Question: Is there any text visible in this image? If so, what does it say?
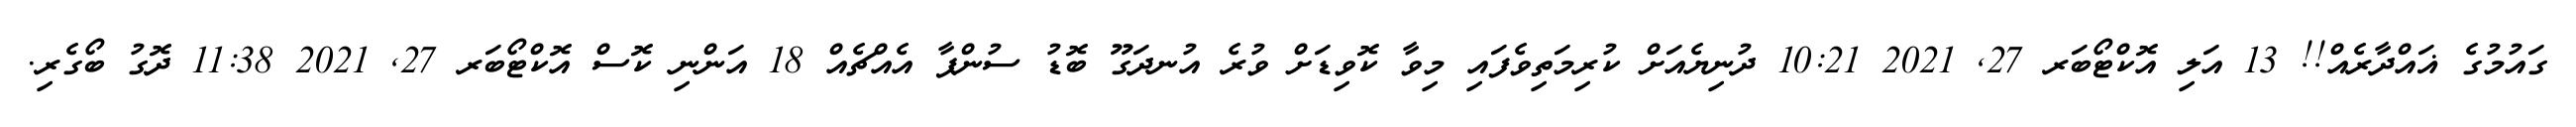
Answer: ގައުމުގެ ޣައްދާރެއް!! 13 އަލި އޮކްޓޯބަރ 27, 2021 10:21 ދުނިޔެއަށް ކުރިމަތިވެފައި މިވާ ކޮވިޑަށް ވުރެ އުނދަގޫ ބޮޑު ސުންޕާ އެއްޗެއް 18 އަންނި ކޮސް އޮކްޓޯބަރ 27, 2021 11:38 ދޮގު ބޯގެރި.